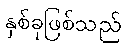
နှစ်ခုဖြစ်သည်